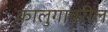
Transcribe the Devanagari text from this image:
कालुगावरील